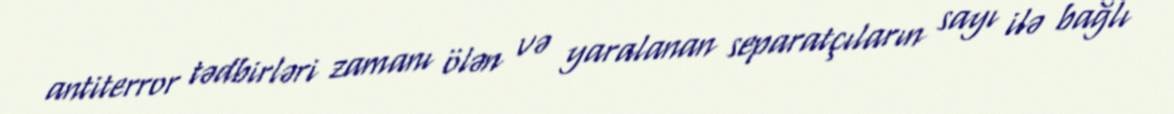
antiterror tədbirləri zamanı ölən və yaralanan separatçıların sayı ilə bağlı